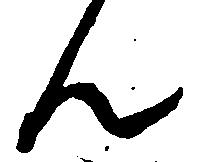
ん